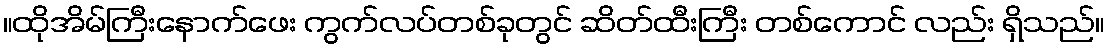
။ထိုအိမ်ကြီးနောက်ဖေး ကွက်လပ်တစ်ခုတွင် ဆိတ်ထီးကြီး တစ်ကောင် လည်း ရှိသည်။